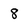
Character: 8